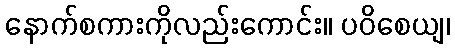
နောက်စကားကိုလည်းကောင်း။ ပဝိစေယျ၊